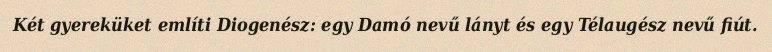
Két gyereküket említi Diogenész: egy Damó nevű lányt és egy Télaugész nevű fiút.